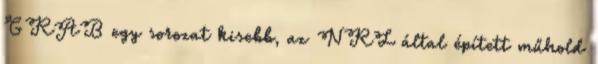
GRAB egy sorozat kisebb, az NRL által épített műhold